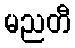
မညတီ